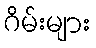
ဂိမ်းများ